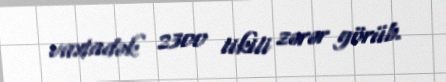
vaxtadək 2300 tikili zərər görüb.